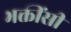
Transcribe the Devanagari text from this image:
भक्तींसी